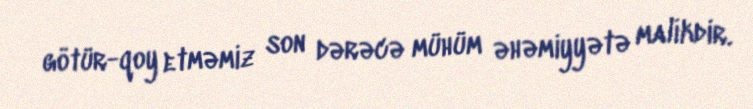
götür-qoy etməmiz son dərəcə mühüm əhəmiyyətə malikdir.